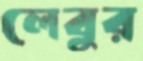
লেবুর